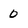
Character: 0